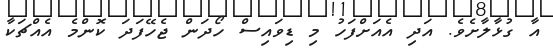
އާ ގުޅާލާށެވެ. އަދި އެއަށްފަހު މި ޑިވައިސް ހޯދަން ޖެހޭފަދަ ކޮންމެ އެއްޗަކާ